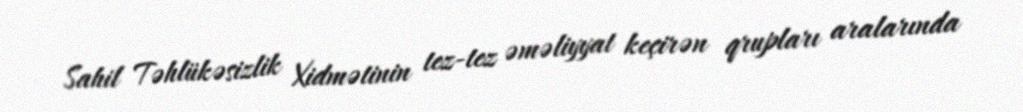
Sahil Təhlükəsizlik Xidmətinin tez-tez əməliyyat keçirən qrupları aralarında